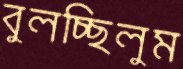
বুলচ্ছিলুম